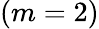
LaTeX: (m=2)